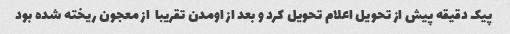
پیک دقیقه پیش از تحویل اعلام تحویل کرد و بعد از اومدن تقریبا  از معجون ریخته شده بود